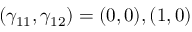
( \gamma _ { 1 1 } , \gamma _ { 1 2 } ) = ( 0 , 0 ) , ( 1 , 0 )